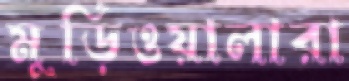
মুড়িওয়ালারা